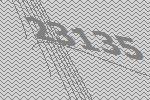
23135